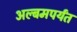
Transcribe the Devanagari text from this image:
अल्बमपर्यंत